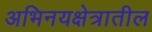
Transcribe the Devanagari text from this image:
अभिनयक्षेत्रातील